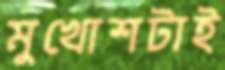
মুখোশটাই